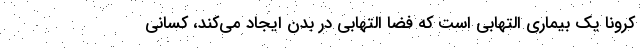
کرونا یک بیماری التهابی است که فضا التهابی در بدن ایجاد می‌کند، کسانی